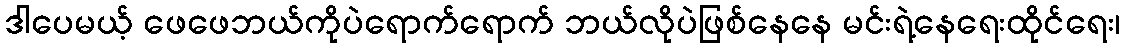
ဒါပေမယ့် ဖေဖေဘယ်ကိုပဲရောက်ရောက် ဘယ်လိုပဲဖြစ်နေနေ မင်းရဲ့နေရေးထိုင်ရေး၊